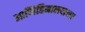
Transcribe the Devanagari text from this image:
आणिहिमालयाच्या